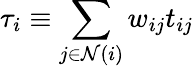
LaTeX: {\tau}_{i}\equiv{\sum_{j\in\mathcal{N}(i)}w_{ij}t_{ij}}